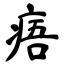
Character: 痦